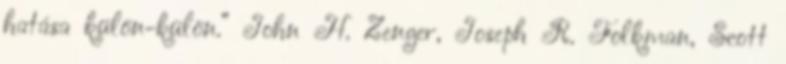
hatása külön-külön.” John H. Zenger, Joseph R. Folkman, Scott